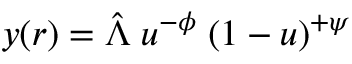
\begin{array} { r } { \; \; y ( r ) = \hat { \Lambda } \; u ^ { - \phi } \; ( 1 - u ) ^ { + \psi } \; } \end{array}